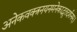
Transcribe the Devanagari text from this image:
अनेकवक्त्रनयनमनेकाद्भुतदर्शनम्‌।